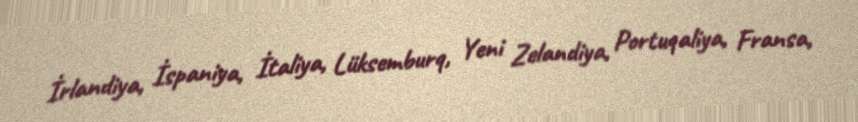
İrlandiya, İspaniya, İtaliya, Lüksemburq, Yeni Zelandiya, Portuqaliya, Fransa,